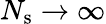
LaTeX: N_{\mathrm{s}}\rightarrow\infty